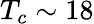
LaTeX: T_{c}\sim 18